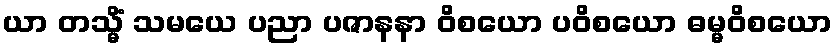
ယာ တသ္မိံ သမယေ ပညာ ပဇာနနာ ဝိစယော ပဝိစယော ဓမ္မဝိစယော